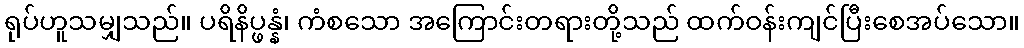
ရုပ်ဟူသမျှသည်။ ပရိနိပ္ဖန္နံ၊ ကံစသော အကြောင်းတရားတို့သည် ထက်ဝန်းကျင်ပြီးစေအပ်သော။